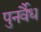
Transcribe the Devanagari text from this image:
पुनर्वैध